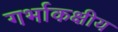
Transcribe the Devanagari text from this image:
गर्भाकक्षीय